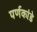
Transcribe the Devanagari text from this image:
पर्णकांडे